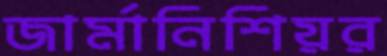
জার্মানিশিয়র